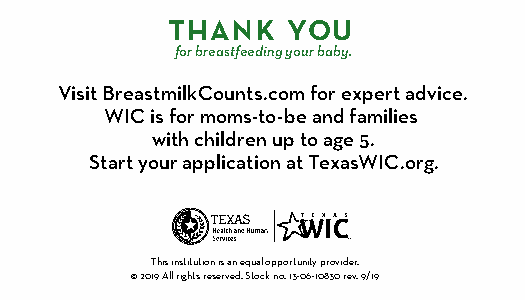
THANK   YOU
 for breastfeeding your baby.
 Visit BreastmilkCounts.com for expert advice.
 WIC is for moms-to-be and families
 with children up to age 5.
 Start your application at TexasWIC.org.
 TM
 This institution is an equal opportunity provider.
 © 2019 All rights reserved. Stock no. 13-06-10830 rev. 9/19